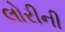
લોરીની